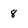
Character: 8